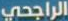
الراجحي